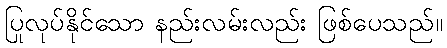
ပြုလုပ်နိုင်သော နည်းလမ်းလည်း ဖြစ်ပေသည်။